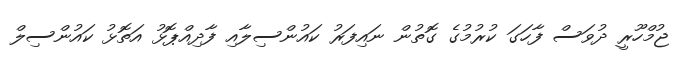
ޖުމްހޫރީ ދުވަސް ފާހަގަ ކުރުމުގެ ގޮތުން ނައިފަރު ކައުންސިލާއި ފާދިއްޕޮޅު އަތޮޅު ކައުންސިލް